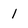
Character: 1